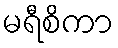
မရီစိကာ